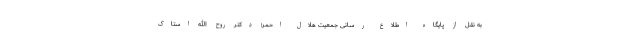
به نقل از پایگاه اطلاع رسانی جمعیت هلال احمر؛ دکتر روح الله استاک